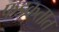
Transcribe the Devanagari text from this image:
फडकतात